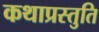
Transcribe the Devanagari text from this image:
कथाप्रस्तुति